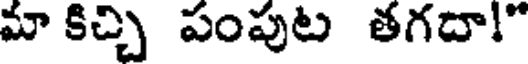
మా కిచ్చి పంపుట తగదా!"